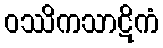
ဝဿိကသာဋိကံ